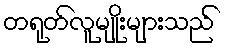
တရုတ်လူမျိုးများသည်